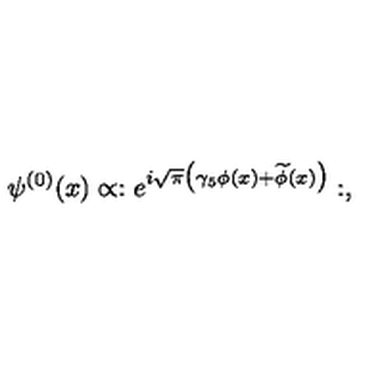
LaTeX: \psi ^ { ( 0 ) } ( x ) \propto : e ^ { i \sqrt { \pi } \bigl ( \gamma _ { 5 } \phi ( x ) + \widetilde \phi ( x ) \bigr ) } : ,